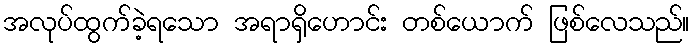
အလုပ်ထွက်ခဲ့ရသော အရာရှိဟောင်း တစ်ယောက် ဖြစ်လေသည်။